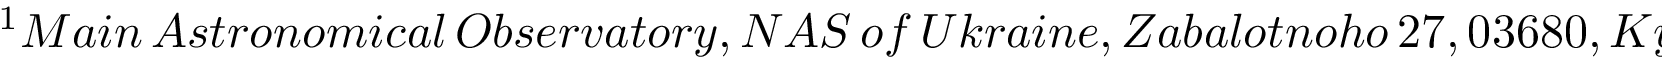
^ { 1 } M a i n \, A s t r o n o m i c a l \, O b s e r v a t o r y , N A S \, o f \, U k r a i n e , Z a b a l o t n o h o \, 2 7 , 0 3 6 8 0 , K y i v , U k r a i n e